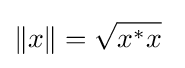
\|x\|={\sqrt {x^{*}x}}~